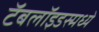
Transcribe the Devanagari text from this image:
टॅबलॉइडस्मध्ये